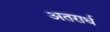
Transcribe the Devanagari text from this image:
अतरार्ध